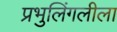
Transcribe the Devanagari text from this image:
प्रभुलिंगलीला